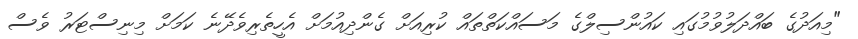
"މިއަދުގެ ބައްދަލުވުމުގައި ކައުންސިލްގެ މަސައްކަތްތައް ކުރިއަށް ގެންދިއުމަށް އެހީތެރިވެދޭނެ ކަމަށް މިނިސްޓަރު ވެސް